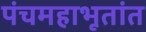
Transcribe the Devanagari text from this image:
पंचमहाभूतांत